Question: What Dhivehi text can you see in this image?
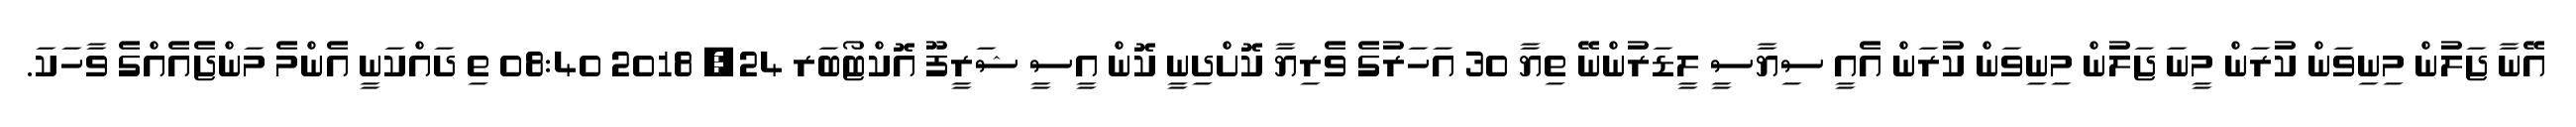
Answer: އޭނާ ޖަލުން މިނިވަން ކުރަން މީނަ ޖަލުން މިނިވަން ކުރަން އެއީ ސިޔާސީ ލީޑަރުންނޭ ތިޔާ 30 އަހަރުގެ ވެރިޔާ ކޮށްދިނީ ކޮން އީސީ ޝަރީފޫ އޮކްޓޯބަރ 24, 2018 08:40 ތި ދައްކަނީ އެންމެ މަންޖެއެއްގެ ވާހަކަ.